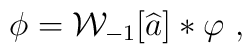
\phi  =  {\cal W}_{-1}[\widehat{a}] \ast \varphi \ ,